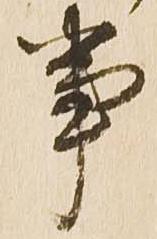
事